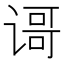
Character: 𬤐